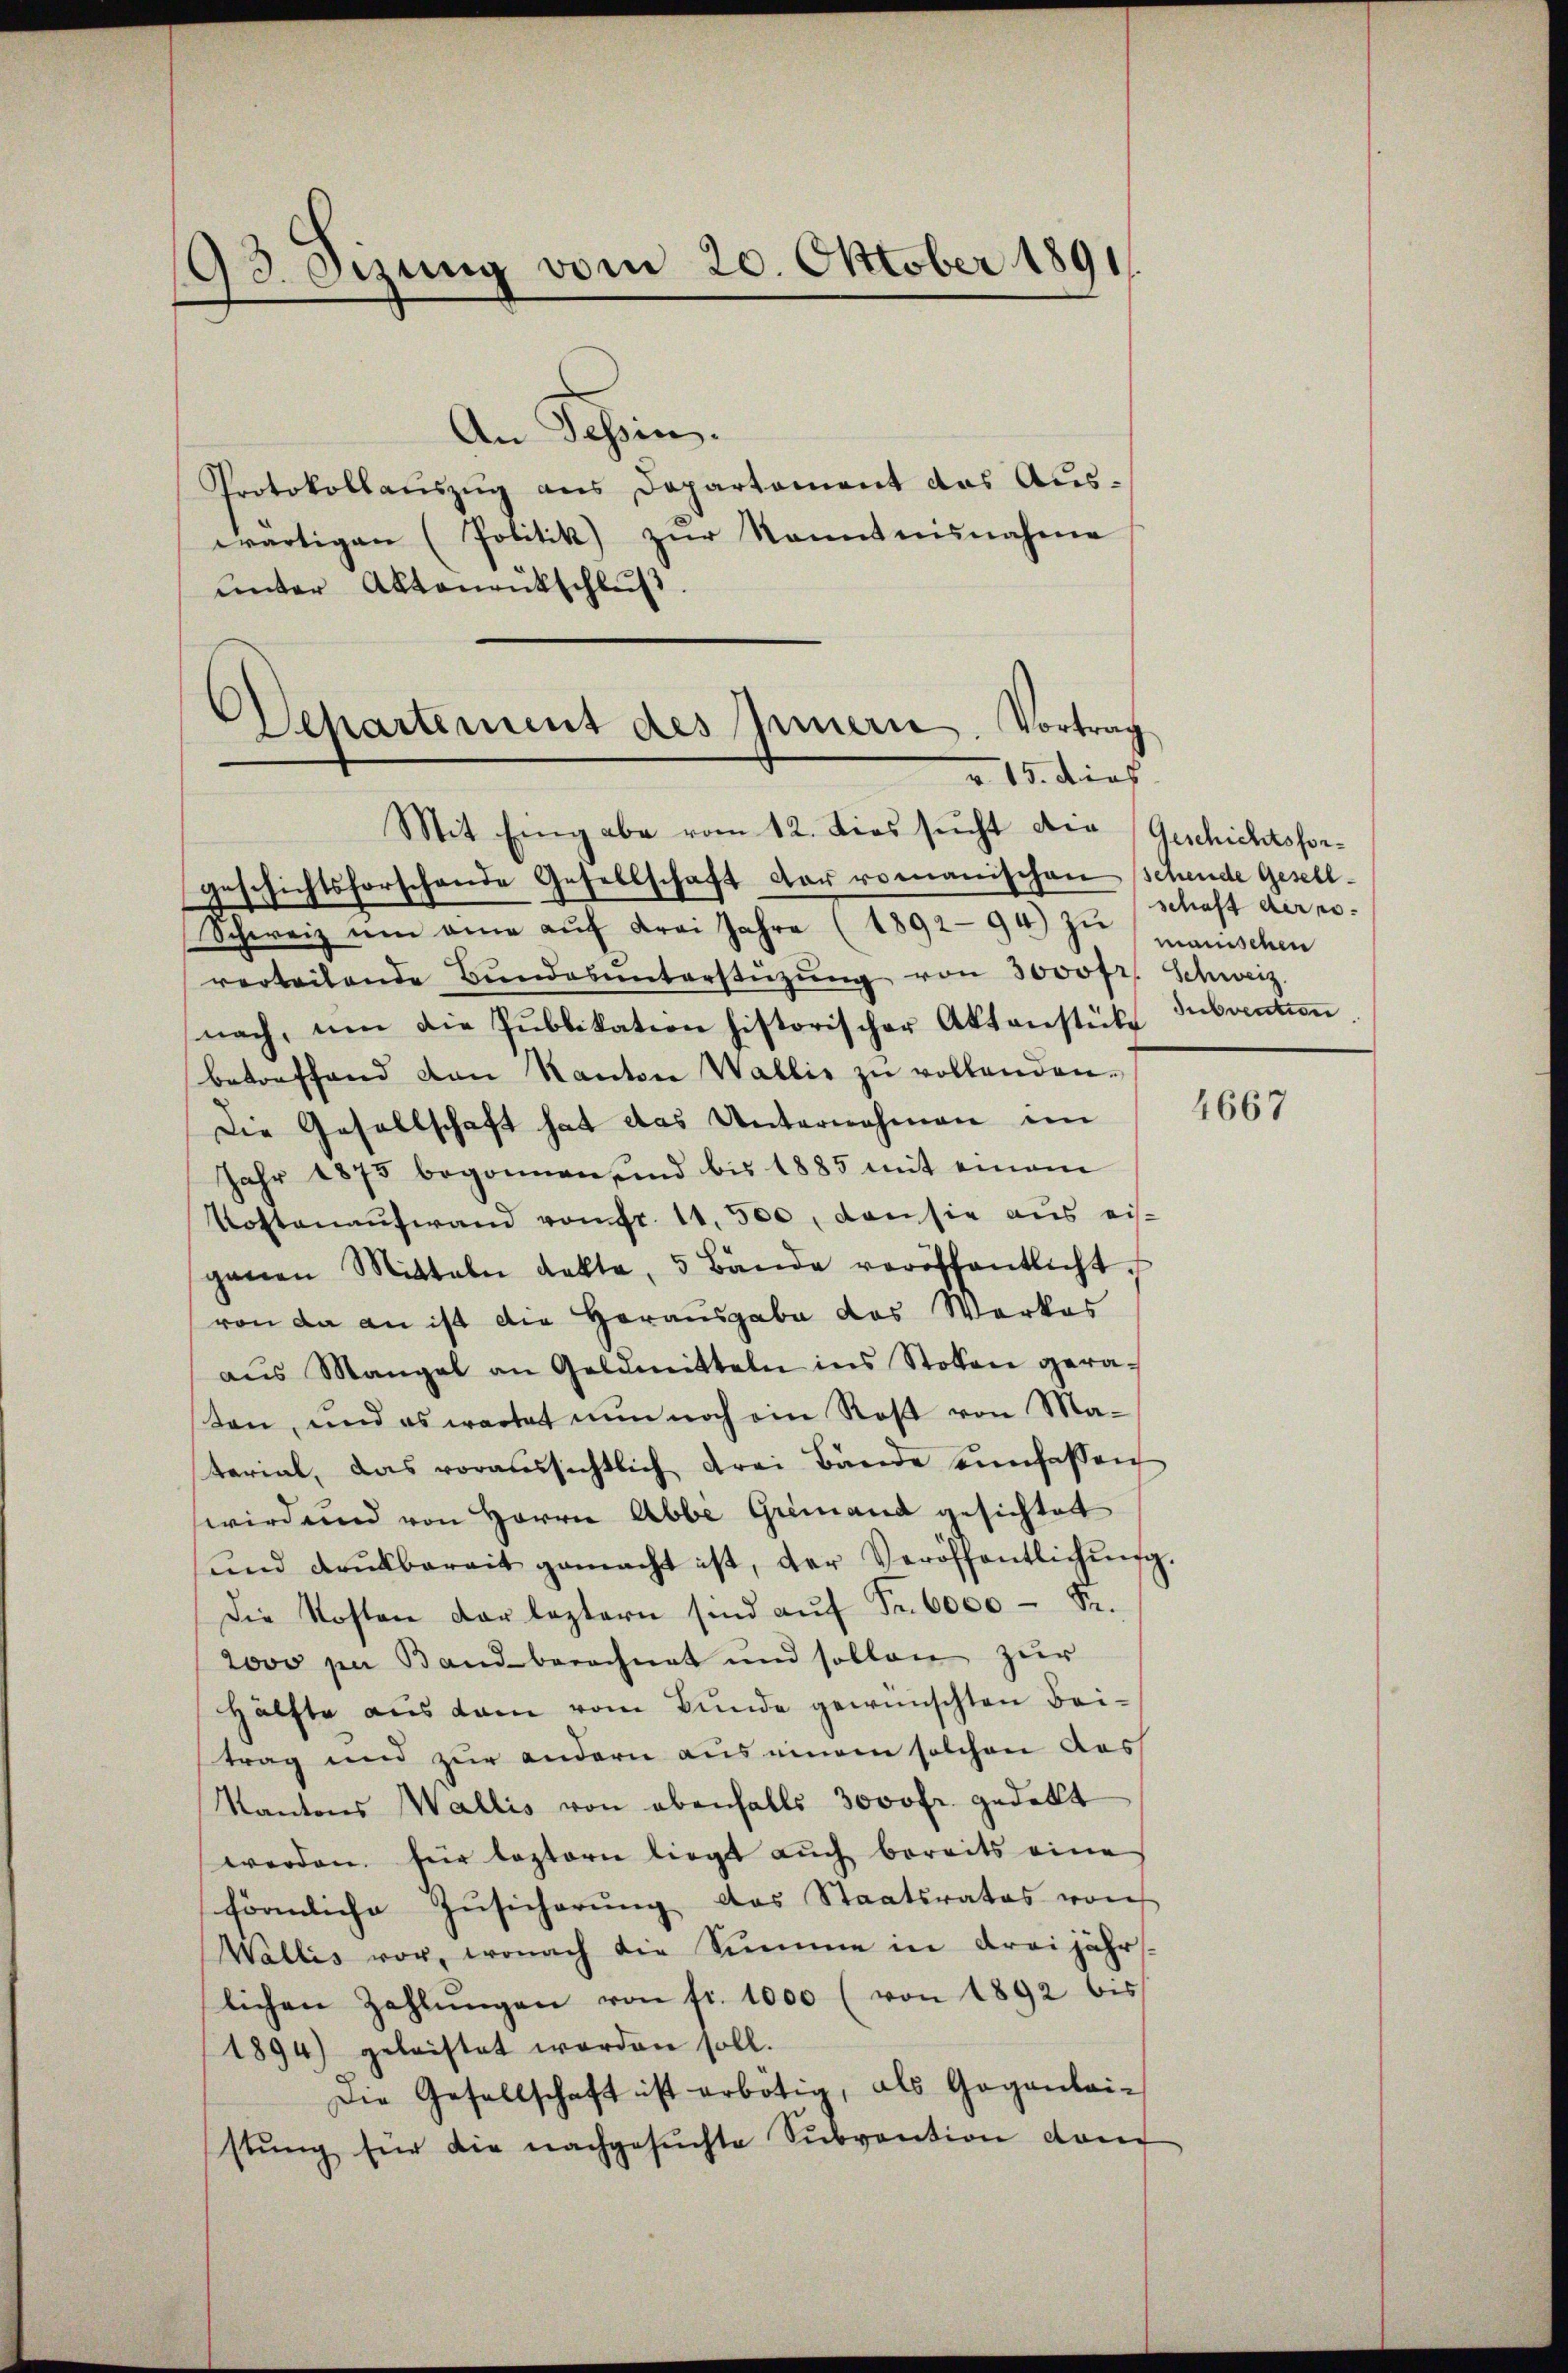
193. Sizung vom 20. Oktober 1891

C
Departement des Innern. Vortrag
v 15. dies
Mit Eingabe vom 12. dies sucht die Geschichtsfor¬

An Tessin.
Protokollaŭszŭg ans Departement das Auswärtigen (Politik) zŭr Kenntnisnahme
ŭnter Aktenrückschlŭβ
geschichtsforschende Gesellschaft der romanischen schende Gesell-
Schweiz ŭm eine aŭf Frei Jahre (1892 94) zŭ manischen
verteilende Bŭndesunterstützŭng von 3000fr. Schweiz.
nach, um die Publikation historischer Aktenstücke
betreffend von Kanton Wallis zŭ vollenden.
Die Gesellschaft hat das Unternehmen ein
Jahr 1875 begonnen und bis 1885 mit einem
Kostenaufwand von Fr. 11. 500, den sie aus eisganen Mitteln dekte, 5 Bände veröffentlicht.
von da an ist die Herausgabe das Werkes
aŭs Mangel an Geldmitteln ins Stoken gera-
sten, und es wartet nun noch ein Rost von Ma-
terial, das voraussichtlich drei Bände einfassen
wird und von Herrn Abbe Gremand gesichtet
ŭnd drŭkbereit gemacht ist, der Veröffentlichŭng
Die Kosten der leztern sind aŭf Fr. 6000 S.
2000 per Band berechnet und sollen zur
Hälfte aus dem vom Bunde gewünschten Beitrag und zur andern aus einem solchen Auss
Kantons Wallis von ebenfalls 3000 fr. gedekt
werden, für leztern liegt auch bereits eine
förmliche Zusicherung das Staatsrates von
Wallis vor, wonach die Summe in dreijährs-
lichen Zahlŭngen von fr. 1000 (von 1892 bis
1894) geleistet worden soll.
Die Gesellschaft ist erbötig, als Gegenleistŭng für die nachgesŭchte Sŭbvention den

schaft der no
Subvention

4667